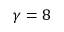
\gamma = 8